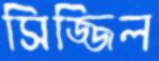
সিজ্জিল